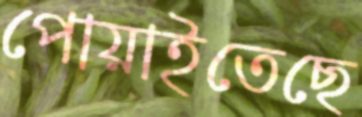
পোয়াইতেছে